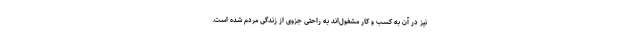
نیز در آن به کسب و کار مشغول‌اند به راحتی جزوی از زندگی مردم شده است.